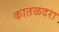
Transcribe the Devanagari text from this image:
कातळदरा